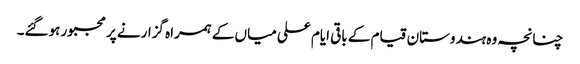
چنانچہ وہ ہندوستان قیام کے باقی ایام علی میاں کے ہمراہ گزارنے پر مجبور ہوگئے۔